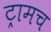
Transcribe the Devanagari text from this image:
ट्रामच